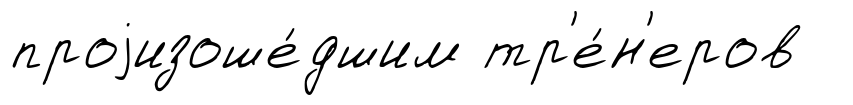
проjизоше́дшим тр'е́н'еров